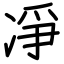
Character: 凈